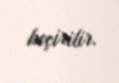
keçirilir.